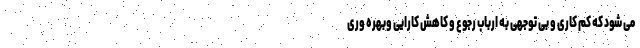
می شود که کم کاری و بی توجهی به ارباب رجوع و کاهش کارایی وبهره وری